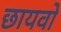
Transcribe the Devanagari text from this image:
छायवो